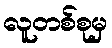
လူတစ်စုမှ